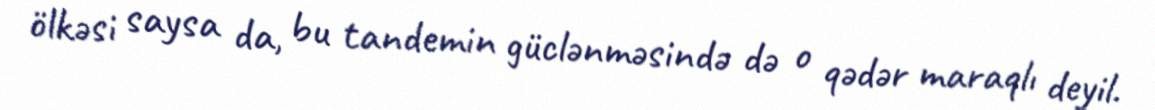
ölkəsi saysa da, bu tandemin güclənməsində də o qədər maraqlı deyil.